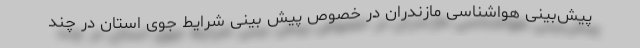
پیش‌بینی هواشناسی مازندران در خصوص پیش بینی شرایط جوی استان در چند